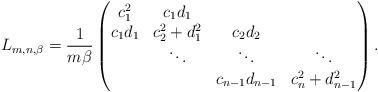
LaTeX: \begin{align*}L_{m,n,\beta} = \frac{1}{m\beta} \begin{pmatrix}c_1^2&c_1 d_1\\c_1 d_1&c_2^2 + d_1^2&c_2 d_2\\&\ddots&\ddots&\ddots\\&&c_{n - 1}d_{n - 1}&c_{n}^2 + d_{n - 1}^2 \end{pmatrix}.\end{align*}